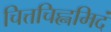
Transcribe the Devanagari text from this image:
चित्तचिह्नमिदं